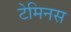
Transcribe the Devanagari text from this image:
टेमिनस